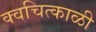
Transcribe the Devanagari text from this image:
क्वचित्काळी